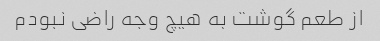
از طعم گوشت به هیچ وجه راضی نبودم